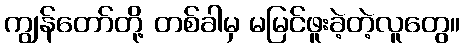
ကျွန်တော်တို့ တစ်ခါမှ မမြင်ဖူးခဲ့တဲ့လူတွေ။